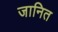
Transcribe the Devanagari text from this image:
जानित